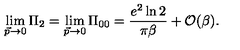
\lim _ { \vec { p } \rightarrow 0 } \Pi _ { 2 } = \lim _ { \vec { p } \rightarrow 0 } \Pi _ { 0 0 } = { \frac { e ^ { 2 } \ln 2 } { \pi \beta } } + { \cal O } ( \beta ) .